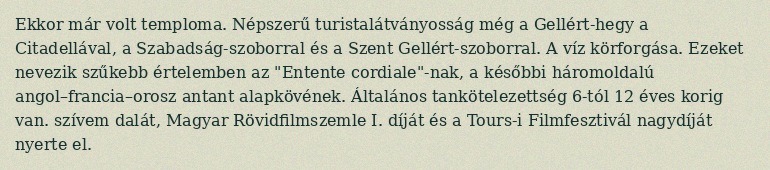
Ekkor már volt temploma. Népszerű turistalátványosság még a Gellért-hegy a Citadellával, a Szabadság-szoborral és a Szent Gellért-szoborral. A víz körforgása. Ezeket nevezik szűkebb értelemben az "Entente cordiale"-nak, a későbbi háromoldalú angol–francia–orosz antant alapkövének. Általános tankötelezettség 6-tól 12 éves korig van. szívem dalát, Magyar Rövidfilmszemle I. díját és a Tours-i Filmfesztivál nagydíját nyerte el.